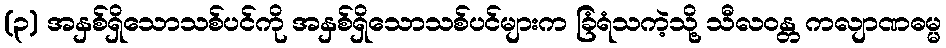
(၃) အနှစ်ရှိသောသစ်ပင်ကို အနှစ်ရှိသောသစ်ပင်များက ခြံရံသကဲ့သို့ သီလဝန္တ ကလျာဏဓမ္မ